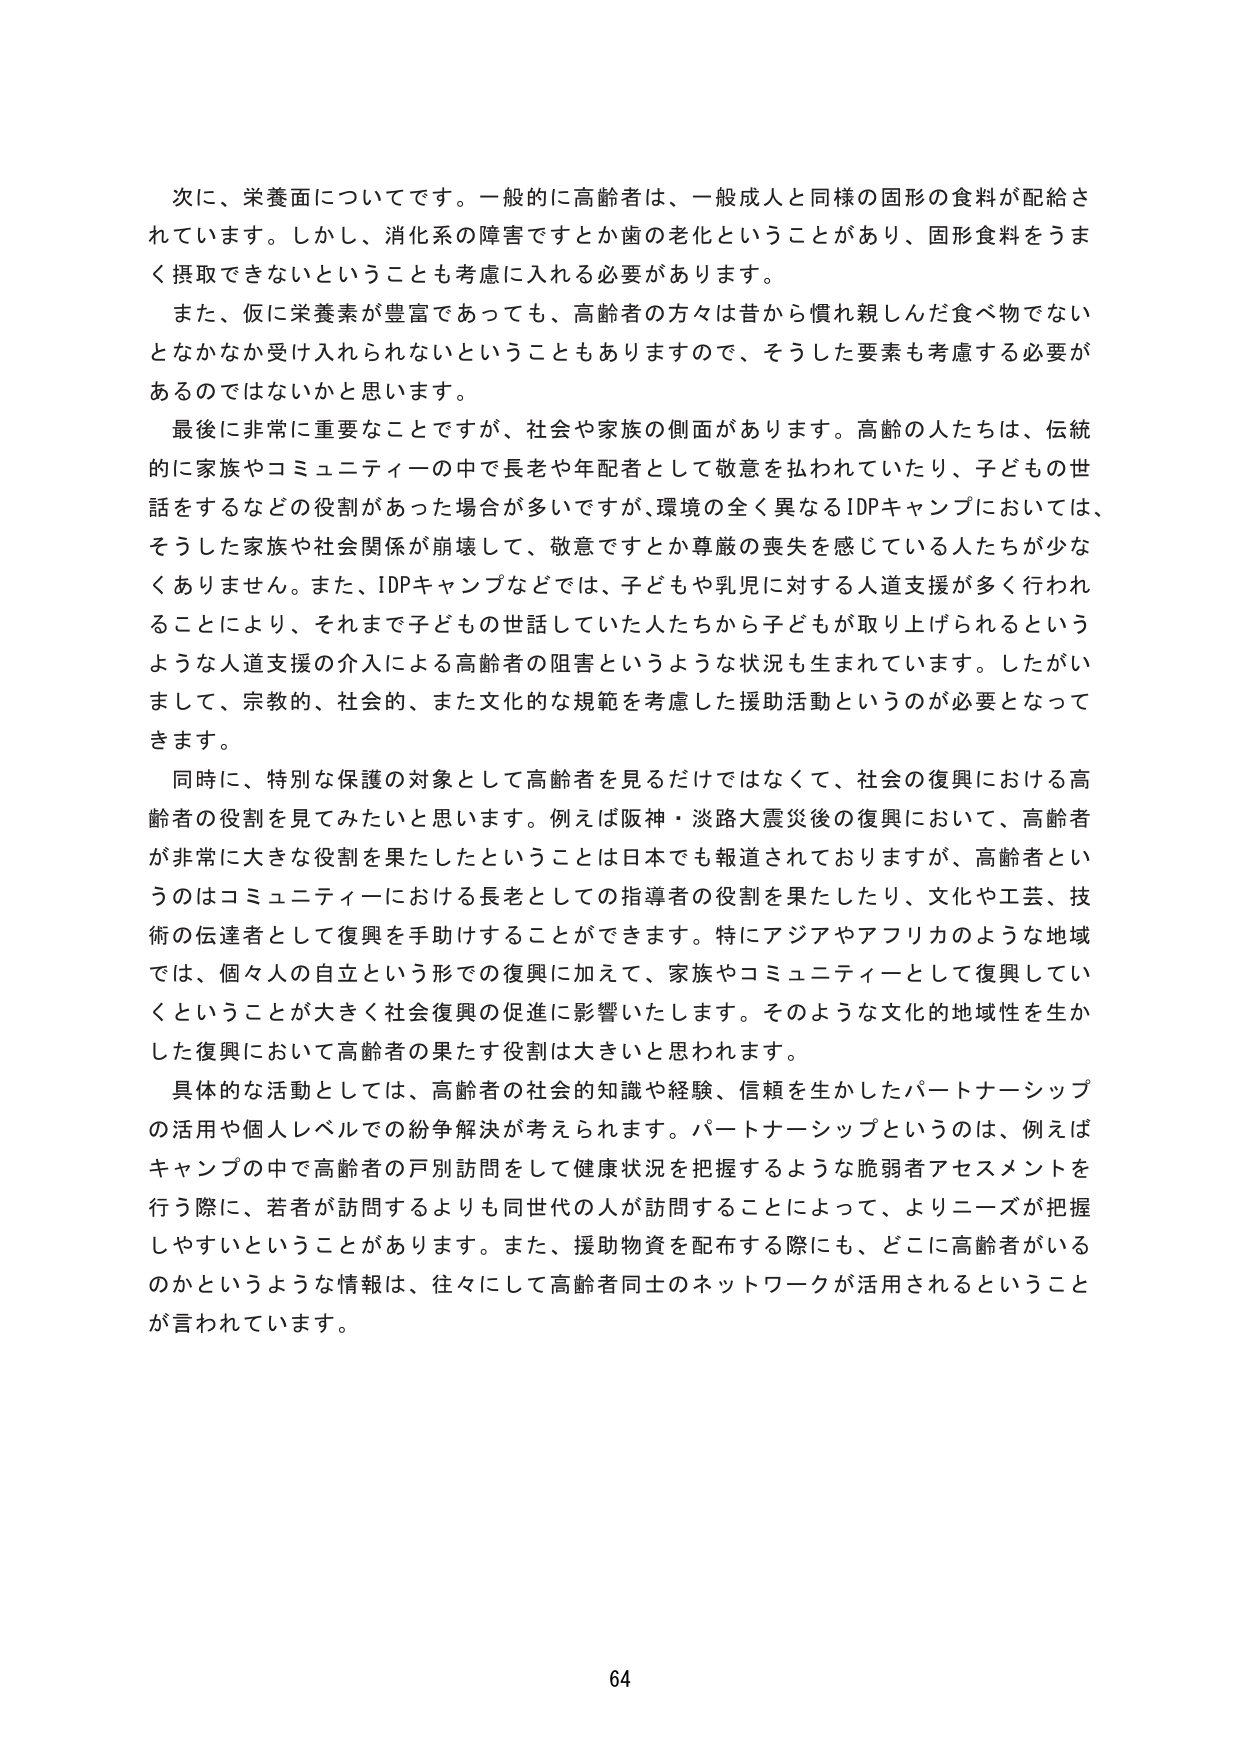
次に、栄養面についてです。一般的に高齢者は、一般成人と同様の固形の食料が配給されています。しかし、消化系の障害ですとか歯の老化ということがあり、固形食料をうまく摂取できないということも考慮に入れる必要があります。

また、仮に栄養素が豊富であっても、高齢者の方々は昔から慣れ親しんだ食べ物でないとなかなか受け入れられないということもありますので、そうした要素も考慮する必要があるのではないかと思います。

最後に非常に重要なことですが、社会や家族の側面があります。高齢の人たちは、伝統的に家族やコミュニティの中で長老や年配者として敬意を払われていたり、子どもの世話をするなどの役割があった場合が多いですが、環境の全く異なるIDPキャンプにおいては、そうした家族や社会関係が崩壊して、敬意ですとか尊厳の喪失を感じている人たちが少なくありません。また、IDPキャンプなどでは、子どもや乳児に対する人道支援が多く行われることにより、それまで子どもの世話していた人たちから子どもが取り上げられるというような人道支援の介入による高齢者の阻害というような状況も生まれています。したがいまして、宗教的、社会的、また文化的な規範を考慮した援助活動というのが必要となってきます。

同時に、特別な保護の対象として高齢者を見るだけではなくて、社会の復興における高齢者の役割を見てみたいと思います。例えば阪神・淡路大震災後の復興において、高齢者が非常に大きな役割を果たしたということは日本でも報道されておりますが、高齢者というのはコミュニティにおける長老としての指導者の役割を果たしたり、文化や工芸、技術の伝達者として復興を手助けすることができます。特にアジアやアフリカのような地域では、個々人の自立という形での復興に加えて、家族やコミュニティとして復興していくということが大きく社会復興の促進に影響いたします。そのような文化的地域性を生かした復興において高齢者の果たす役割は大きいと思われます。

具体的な活動としては、高齢者の社会的知識や経験、信頼を生かしたパートナーシップの活用や個人レベルでの紛争解決が考えられます。パートナーシップというのは、例えばキャンプの中で高齢者の戸別訪問をして健康状況を把握するような脆弱者アセスメントを行う際に、若者が訪問するよりも同世代の人が訪問することによって、よりニーズが把握しやすいということがあります。また、援助物資を配布する際にも、どこに高齢者がいるのかというような情報は、往々にして高齢者同士のネットワークが活用されるということが言われています。

64